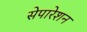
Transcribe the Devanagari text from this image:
सेपारेशन